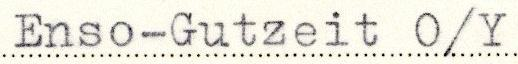
Enso-Gutzeit O/Y